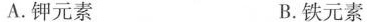
A.钾元素 B.铁元素